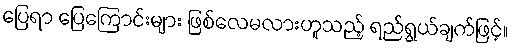
ပြေရာ ပြေကြောင်းများ ဖြစ်လေမလားဟူသည့် ရည်ရွယ်ချက်ဖြင့်။